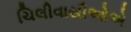
ચિલીવાસીઓએ